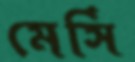
মের্সি